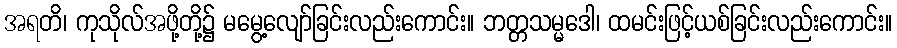
အရတိ၊ ကုသိုလ်အဖို့တို့၌ မမွေ့လျော်ခြင်းလည်းကောင်း။ ဘတ္တသမ္မဒေါ၊ ထမင်းဖြင့်ယစ်ခြင်းလည်းကောင်း။